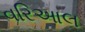
વરિઆલ